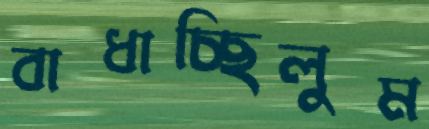
বাধাচ্ছিলুম